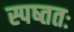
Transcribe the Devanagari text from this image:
स्पष्ततः